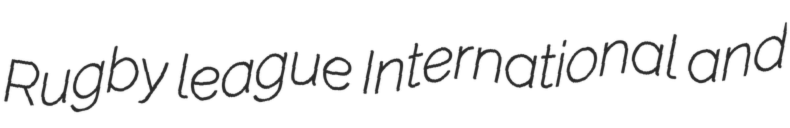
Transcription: Rugby league International and